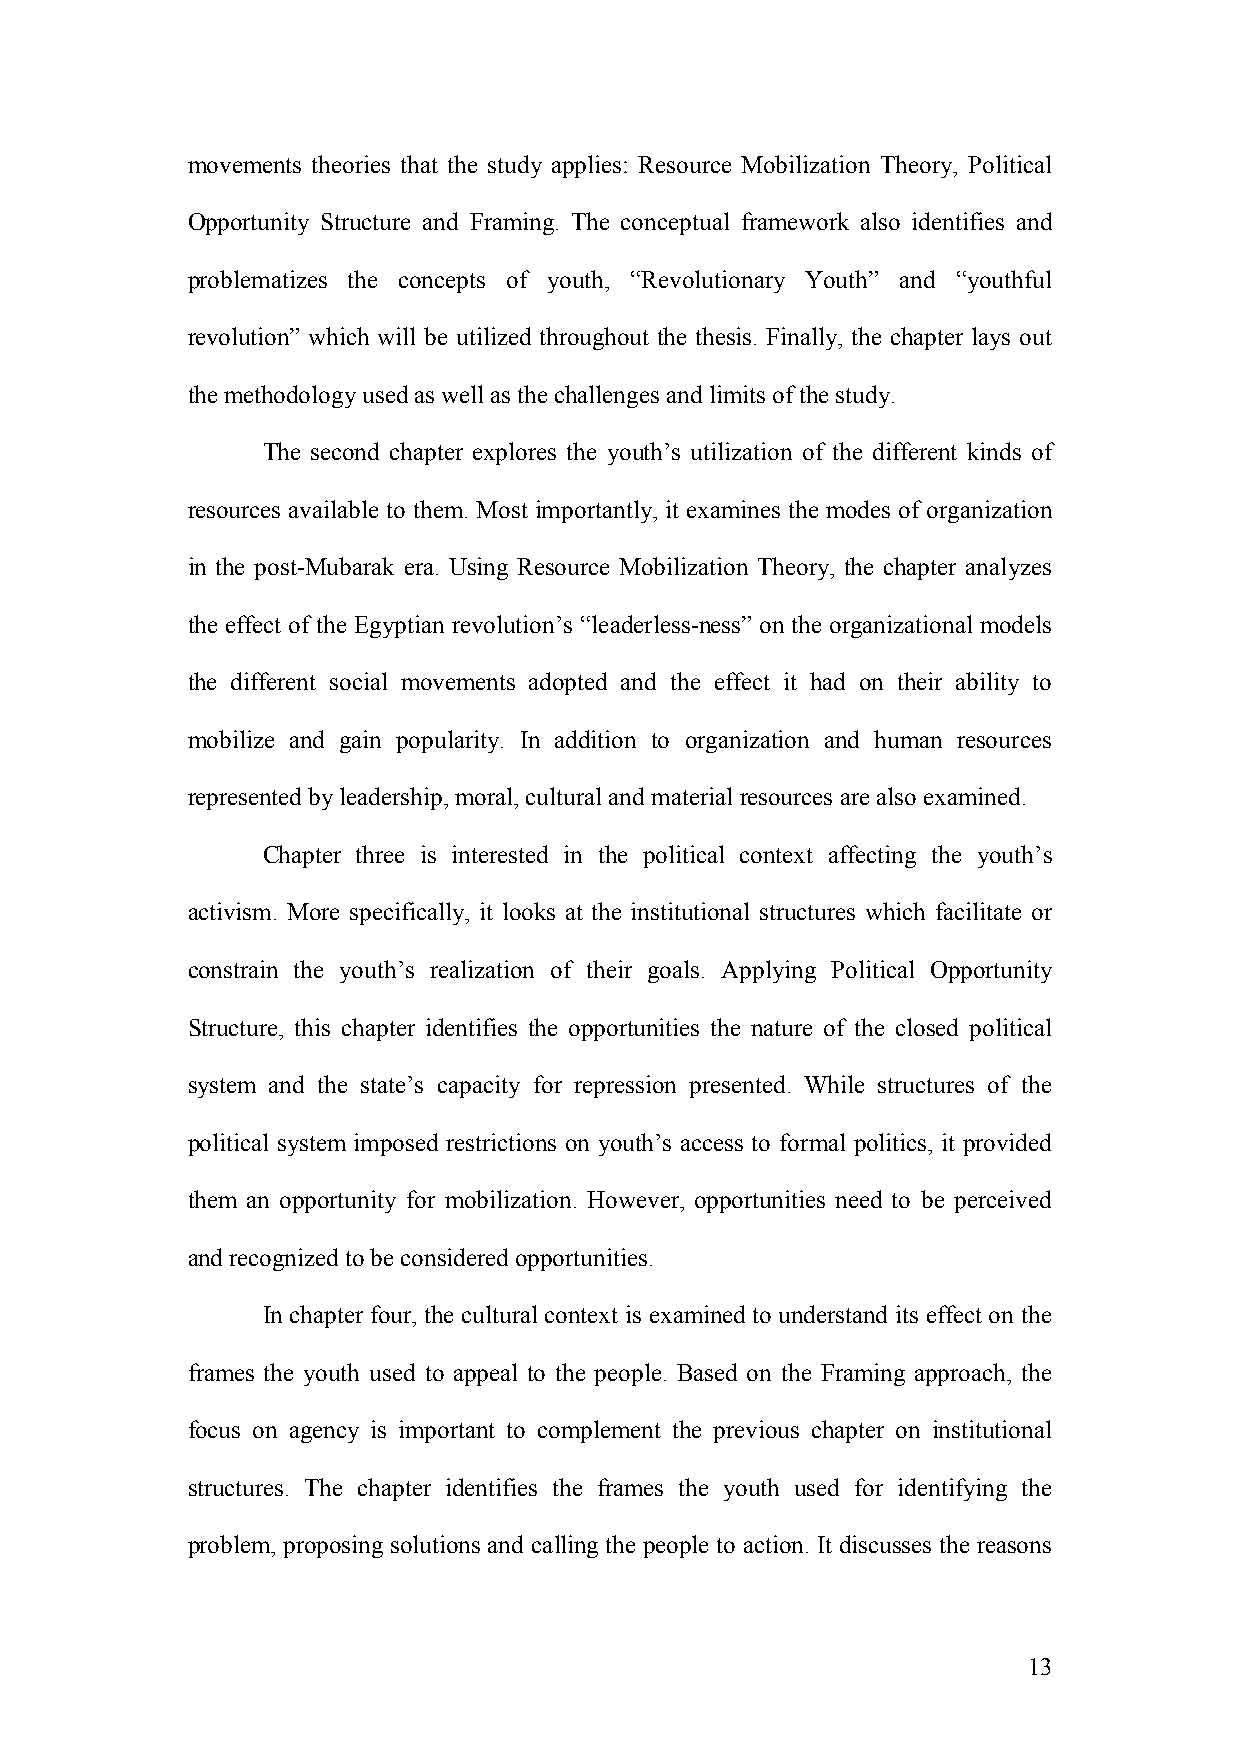
movements theories that the study applies: Resource Mobilization Theory, Political
 Opportunity Structure and Framing. The conceptual framework also identifies and
 problematizes the concepts of youth, “Revolutionary Youth” and “youthful
 revolution” which will be utilized throughout the thesis. Finally, the chapter lays out
 the methodology used as well as the challenges and limits of the study.
 The second chapter explores the youth’s utilization of the different kinds of
 resources available to them. Most importantly, it examines the modes of organization
 in the post-Mubarak era. Using Resource Mobilization Theory, the chapter analyzes
 the effect of the Egyptian revolution’s “leaderless-ness” on the organizational models
 the different social movements adopted and the effect it had on their ability to
 mobilize and gain popularity. In addition to organization and human resources
 represented by leadership, moral, cultural and material resources are also examined.
 Chapter three is interested in the political context affecting the youth’s
 activism. More specifically, it looks at the institutional structures which facilitate or
 constrain the youth’s realization of their goals. Applying Political Opportunity
 Structure, this chapter identifies the opportunities the nature of the closed political
 system and the state’s capacity for repression presented. While structures of the
 political system imposed restrictions on youth’s access to formal politics, it provided
 them an opportunity for mobilization. However, opportunities need to be perceived
 and recognized to be considered opportunities.
 In chapter four, the cultural context is examined to understand its effect on the
 frames the youth used to appeal to the people. Based on the Framing approach, the
 focus on agency is important to complement the previous chapter on institutional
 structures. The chapter identifies the frames the youth used for identifying the
 problem, proposing solutions and calling the people to action. It discusses the reasons
 13